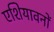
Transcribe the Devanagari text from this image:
एशियावनों